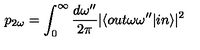
p _ { 2 \omega } = \int _ { 0 } ^ { \infty } \frac { d \omega ^ { \prime \prime } } { 2 \pi } \vert \langle o u t \omega \omega ^ { \prime \prime } \vert i n \rangle \vert ^ { 2 }